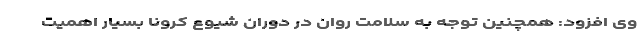
وی افزود: همچنین توجه به سلامت روان در دوران شیوع کرونا بسیار اهمیت